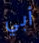
أبي